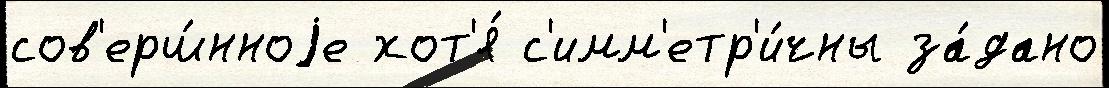
сов'ерш́нноjе хот'я́ с'имм'етр'и́чны за́дано